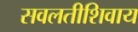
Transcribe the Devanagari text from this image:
सवलतीशिवाय